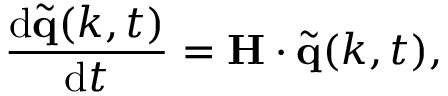
\frac { \mathrm { d } \tilde { \mathbf { q } } ( k , t ) } { \mathrm { d } t } = \mathbf { H } \cdot \tilde { \mathbf { q } } ( k , t ) ,